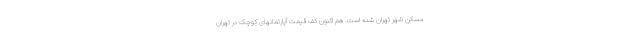
مسکن شهر تهران شده است. هم اکنون کف قیمت آپارتمانهای کوچک در تهران